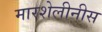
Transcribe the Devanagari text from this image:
मारशेलीनीस